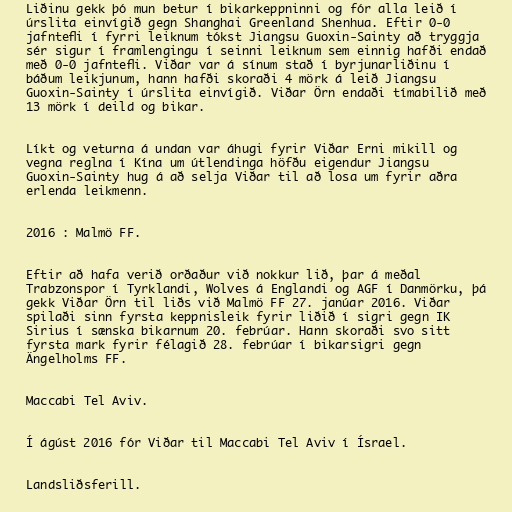
Liðinu gekk þó mun betur í bikarkeppninni og fór alla leið í
úrslita einvígið gegn Shanghai Greenland Shenhua. Eftir 0-0
jafntefli í fyrri leiknum tókst Jiangsu Guoxin-Sainty að tryggja
sér sigur í framlengingu í seinni leiknum sem einnig hafði endað
með 0-0 jafntefli. Viðar var á sínum stað í byrjunarliðinu í
báðum leikjunum, hann hafði skoraði 4 mörk á leið Jiangsu
Guoxin-Sainty í úrslita einvígið. Viðar Örn endaði tímabilið með
13 mörk í deild og bikar.

Líkt og veturna á undan var áhugi fyrir Viðar Erni mikill og
vegna reglna í Kína um útlendinga höfðu eigendur Jiangsu
Guoxin-Sainty hug á að selja Viðar til að losa um fyrir aðra
erlenda leikmenn.

2016 : Malmö FF.

Eftir að hafa verið orðaður við nokkur lið, þar á meðal
Trabzonspor í Tyrklandi, Wolves á Englandi og AGF í Danmörku, þá
gekk Viðar Örn til liðs við Malmö FF 27. janúar 2016. Viðar
spilaði sinn fyrsta keppnisleik fyrir liðið í sigri gegn IK
Sirius í sænska bikarnum 20. febrúar. Hann skoraði svo sitt
fyrsta mark fyrir félagið 28. febrúar í bikarsigri gegn
Ängelholms FF.

Maccabi Tel Aviv.

Í ágúst 2016 fór Viðar til Maccabi Tel Aviv í Ísrael.

Landsliðsferill.